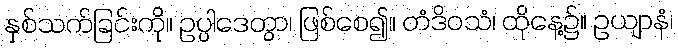
နှစ်သက်ခြင်းကို။ ဥပ္ပါဒေတွာ၊ ဖြစ်စေ၍။ တံဒိဝသံ၊ ထိုနေ့၌။ ဥယျာနံ၊